system: You are a helpful assistant.
user:
Analyze the provided spectrum to determine if it is a **Carbon Star (C-type)**.

- **Key Visual Indicators of Carbon Star:**
    - **(Primary):** Strong molecular absorption from **C₂ (diatomic carbon) "Swan Bands."** This is the **defining feature** of a carbon star.
        - **(Key Bandheads):** Sharp absorption edges are visible at approximately $5635$ Å, $5165$ Å (the strongest band), and $4737$ Å.
        - **(Line Profile):** Creates a distinct **"saw-tooth"** pattern. The key morphology is a sharp, steep bandhead on the **red (long-wavelength) side**, which then gradually tapers off (i.e., flux recovers) towards the **blue (short-wavelength) side**. *(This is the direct opposite of the TiO bands seen in M-type stars)*.

    - **(Secondary):** Intense **CN (cyanogen)** molecular absorption bands.
        - **(Key Bandheads):** Located in the blue and violet regions of the spectrum (e.g., near $4215$ Å and $3883$ Å).
        - **(Morphology):** These bands are extremely broad and act as a "blanket," absorbing the vast majority of blue and violet light. This creates a characteristic **"cliff"** or **"steep drop-off"** in the spectrum's flux at short wavelengths.

    - **(Key Confirmation):** Strong **CH absorption band (G-band)**.
        - **(Key Bandhead):** Located around $4300$ Å. The contribution from CH molecules to this band is exceptionally strong.

    - **(Overall Spectrum):**
        - The continuum is severely "chopped up" by these deep molecular bands, especially C₂, rather than appearing as a smooth curve.
        - Due to the heavy CN and C₂ absorption in the blue-green, the vast majority of the star's flux is concentrated in the red part of the spectrum, giving the star its characteristic deep red color.

Think first, call **spectral_visualization_tool** if needed to examine features in detail, then provide your final answer. Your response must adhere to the following strict rules:
1.  **Overall Structure:** Your response must follow the format `<think>...</think> <tool_call>...</tool_call> (if a tool is used) <answer>...</answer>`.
2.  **Tool Usage Constraint:** You may only make **one** tool call per turn.
3.  **Final Answer Format:** In the `<answer>` tag, your conclusion must be inside a `\boxed{}` command (e.g., `\boxed{YES}`), followed by your justification.

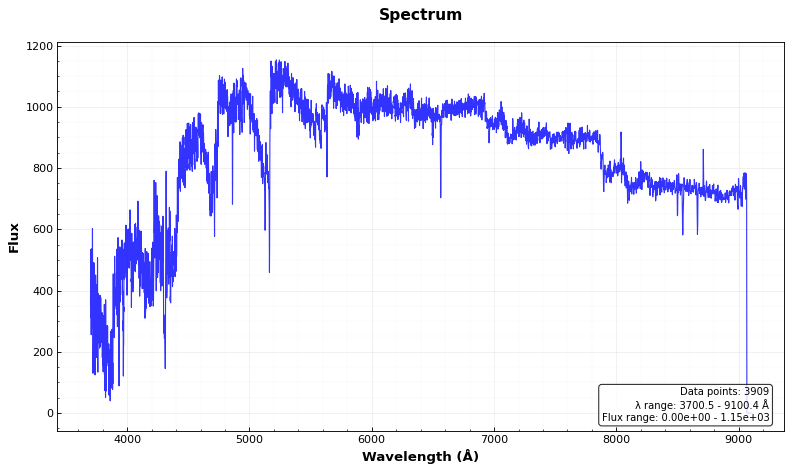
Answer: YES